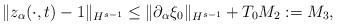
LaTeX: \begin{align*} \|z_{\alpha}(\cdot,t)-1\|_{H^{s-1}}\leq \|\partial_{\alpha}\xi_0\|_{H^{s-1}}+T_0 M_2:=M_3,\end{align*}